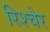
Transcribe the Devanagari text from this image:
रिश्चेर